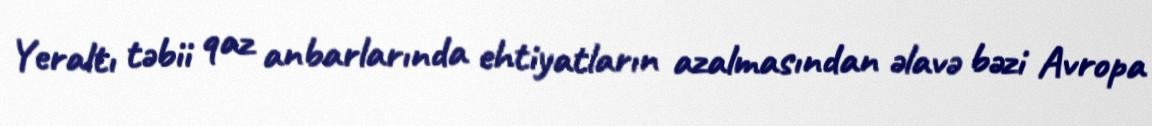
Yeraltı təbii qaz anbarlarında ehtiyatların azalmasından əlavə bəzi Avropa